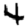
Digit: 4